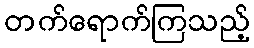
တက်ရောက်ကြသည့်